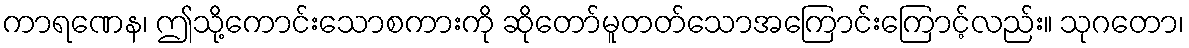
ကာရဏေန၊ ဤသို့ကောင်းသောစကားကို ဆိုတော်မူတတ်သောအကြောင်းကြောင့်လည်း။ သုဂတော၊